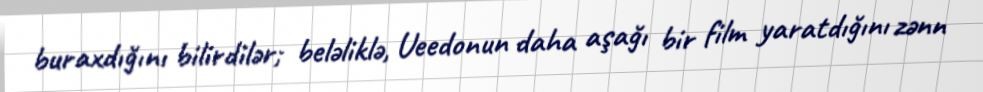
buraxdığını bilirdilər; beləliklə, Ueedonun daha aşağı bir film yaratdığını zənn